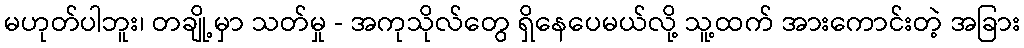
မဟုတ်ပါဘူး၊ တချို့မှာ သတ်မှု - အကုသိုလ်တွေ ရှိနေပေမယ်လို့ သူ့ထက် အားကောင်းတဲ့ အခြား